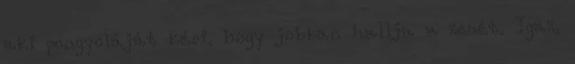
aki pongyoláját kéri, hogy jobban hallja a zenét. Igaz,